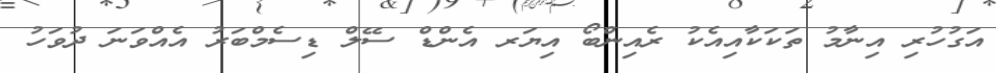
އަގުހުރި އިނާމު ތަކަކާއިއެކު ރެއިންބޯ އިޔަރ އެންޑް ސޭލް ޑިސެމްބަރު އެއްވަނަ ދުވަހު